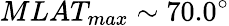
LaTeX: MLAT_{max}\sim 70.0^{\circ}